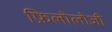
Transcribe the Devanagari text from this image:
फ़िलोलोजी